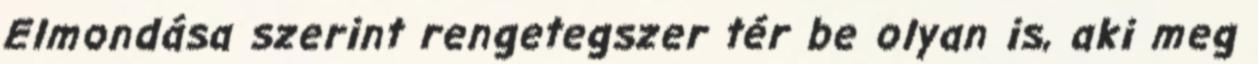
Elmondása szerint rengetegszer tér be olyan is, aki meg